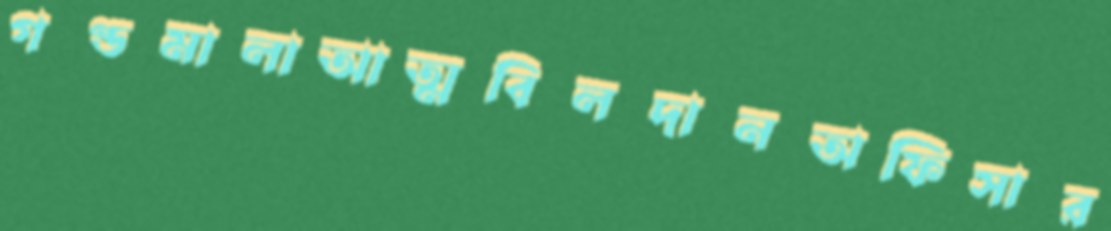
গণ্ডমালাআত্মবিলদানঅফিসার